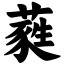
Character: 蕤